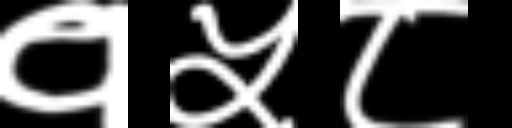
Text: १५८